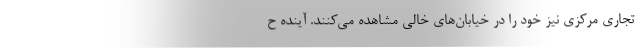
تجاری مرکزی نیز خود را در خیابان‌های خالی مشاهده می‌کنند. آینده ح